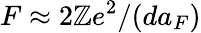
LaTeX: F\approx2\mathbb{Z}e^{2}/(da_{F})